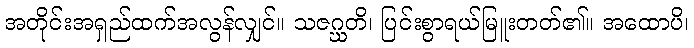
အတိုင်းအရှည်ထက်အလွန်လျှင်။ သဇဂ္ဃတိ၊ ပြင်းစွာရယ်မြူးတတ်၏။ အထောပိ၊